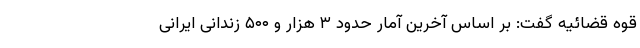
قوه قضائیه گفت: بر اساس آخرین آمار حدود ۳ هزار و ۵۰۰ زندانی ایرانی